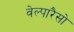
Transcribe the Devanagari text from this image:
वेल्पारैसो